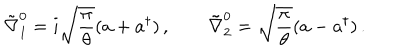
\tilde { \nabla } _ { 1 } ^ { 0 } = i \sqrt { \frac { \pi } { \theta } } ( a + a ^ { \dagger } ) \, , \qquad \tilde { \nabla } _ { 2 } ^ { 0 } = \sqrt { \frac { \pi } { \theta } } ( a - a ^ { \dagger } ) \, .